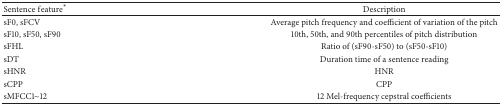
<table><thead><tr><td><b>Sentence feature<sup><i>∗</i></sup></b></td><td><b>Description</b></td></tr></thead><tbody><tr><td>sF0, sFCV</td><td>Average pitch frequency and coefficient of variation of the pitch</td></tr><tr><td>sF10, sF50, sF90</td><td>10th, 50th, and 90th percentiles of pitch distribution</td></tr><tr><td>sFHL</td><td>Ratio of (sF90-sF50) to (sF50-sF10)</td></tr><tr><td>sDT</td><td>Duration time of a sentence reading</td></tr><tr><td>sHNR</td><td>HNR</td></tr><tr><td>sCPP</td><td>CPP</td></tr><tr><td>sMFCC1~12</td><td>12 Mel-frequency cepstral coefficients</td></tr></tbody></table>